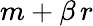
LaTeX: m+\beta\, r